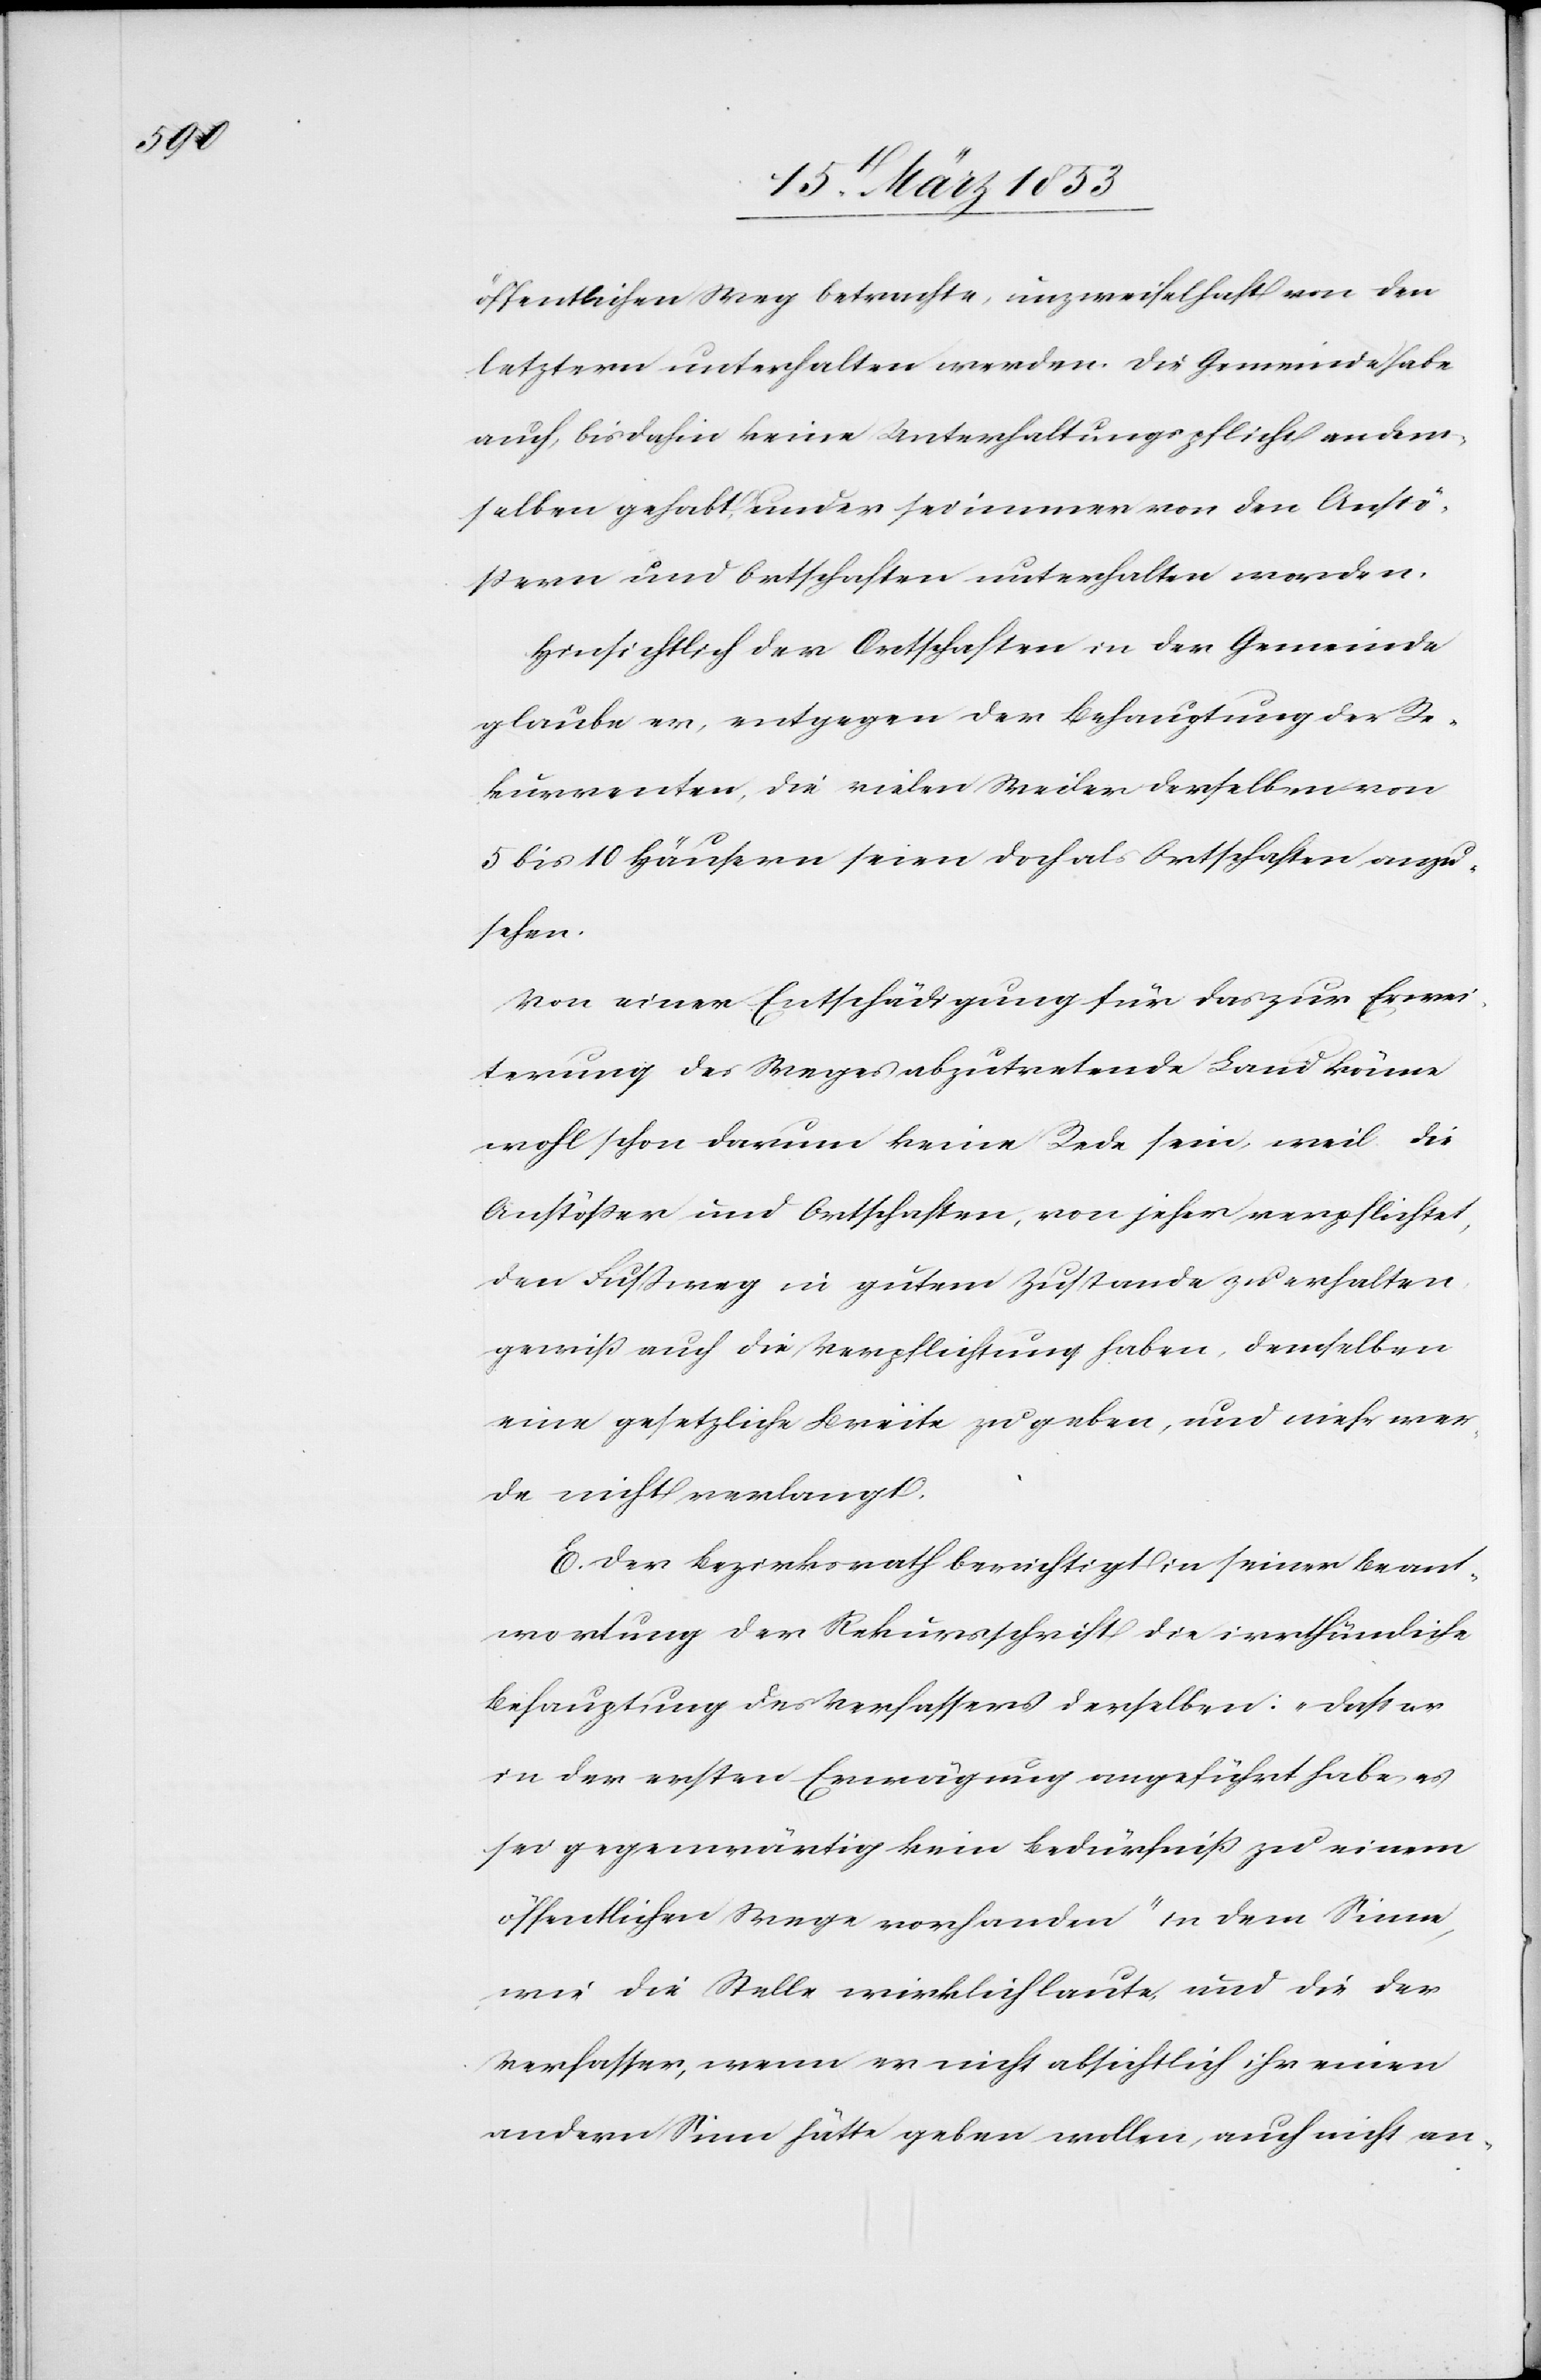
öffentlichen Weg betrachte, unzweifelhaft von den
letztern unterhalten werden. Die Gemeinde habe
auch, bisdahin keine Unterhaltungspflicht an den¬
selben gehabt, und er sei immer von den Anstö¬
ßern und Ortschaften unterhalten worden.
Hinsichtlich der Ortschaften in der Gemeinde
glaube er, entgegen der Behauptung der Re¬
kurrenten, die vielen Meiler derselben von
5 bis 10 Häusern seien doch als Ortschaften anzu¬
sehen.
Von einer Entschädigung für das zur Erwei¬
terung des Weges abzutretende Land könne
wohl schon darum keine Rede sein, weil die
Anstößer und Ortschaften, von jeher verpflichtet,
den Fußweg in gutem Zustande zu erhalten
gewiß auch die Verpflichtung haben, demselben
eine gesetzliche Breite zu geben, und mehr wer¬
de nicht verlangt.
E. Der Bezirksrath berichtigt in seiner Beant¬
wortung der Rekursschrift die irrthümliche
Behauptung des Verfassers derselben: „daß er
in der ersten Erwägung angeführt habe es
sei gegenwärtig kein Bedürfniß zu einem
öffentlichen Wege vorhanden“ in dem Sinne,
wie die Stelle wirklich laute, und die der
Verfasser, wenn er nicht absichtlich ihr einen
andern Sinn hätte geben wollen, auch nicht an-